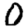
Digit: 0